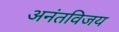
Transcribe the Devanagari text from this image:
अनंतविजय